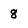
Character: 8